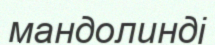
мандолинді